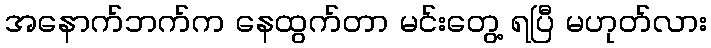
အနောက်ဘက်က နေထွက်တာ မင်းတွေ့ ရပြီ မဟုတ်လား